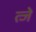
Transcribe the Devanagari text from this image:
त्जे